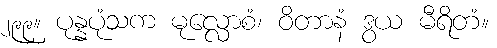
၂၉၉။ ပုန္နပုံသက မုလ္လောစံ၊ ဝိတာနံ ဒွယ မီရိတံ။